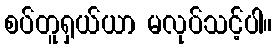
စပ်တူရှယ်ယာ မလုပ်သင့်ပါ။